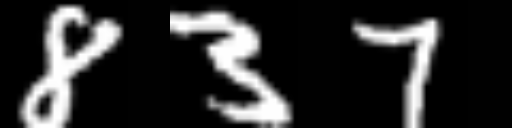
Text: 837